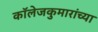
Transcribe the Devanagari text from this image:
कॉलेजकुमारांच्या